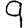
Digit: 9